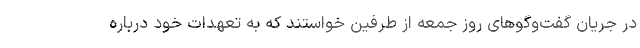
در جریان گفت‌وگوهای روز جمعه از طرفین خواستند که به تعهدات خود درباره